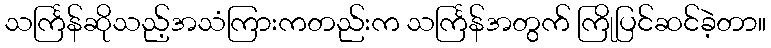
သင်္ကြန်ဆိုသည့်အသံကြားကတည်းက သင်္ကြန်အတွက် ကြိုပြင်ဆင်ခဲ့တာ။